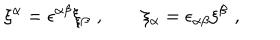
\xi ^ { \alpha } = \epsilon ^ { \alpha \beta } \xi _ { \beta } \, \, , \qquad \xi _ { \alpha } = \epsilon _ { \alpha \beta } \xi ^ { \beta } \, \, ,